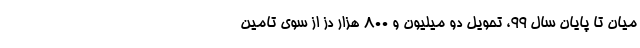
میان تا پایان سال ۹۹، تحویل دو میلیون و ۸۰۰ هزار دز از سوی تامین